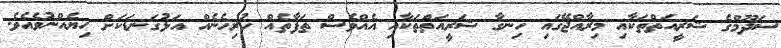
ސަދޫމްގެ ޝަރީއަތްތަކާއި މިރާއްޖޭގައި ހިނގާ ޝަރީއަތްތަކާއި އެއްވެސް ތަފާތެއް ހުރިހެނެއް އަޅުގަނޑަކަށް ހިޔެއްނުވެއެވެ.